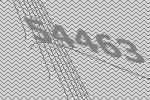
54463